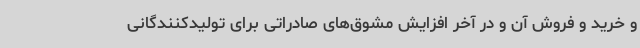
و خرید و فروش آن و در آخر افزایش مشوق‌های صادراتی برای تولیدکنندگانی